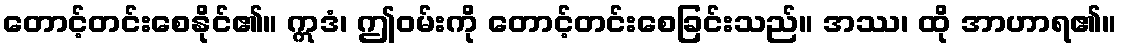
တောင့်တင်းစေနိုင်၏။ ဣဒံ၊ ဤဝမ်းကို တောင့်တင်းစေခြင်းသည်။ အဿ၊ ထို အာဟာရ၏။